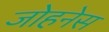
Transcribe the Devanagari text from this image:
जोहनेस